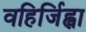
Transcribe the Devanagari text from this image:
वहिर्जिह्वा